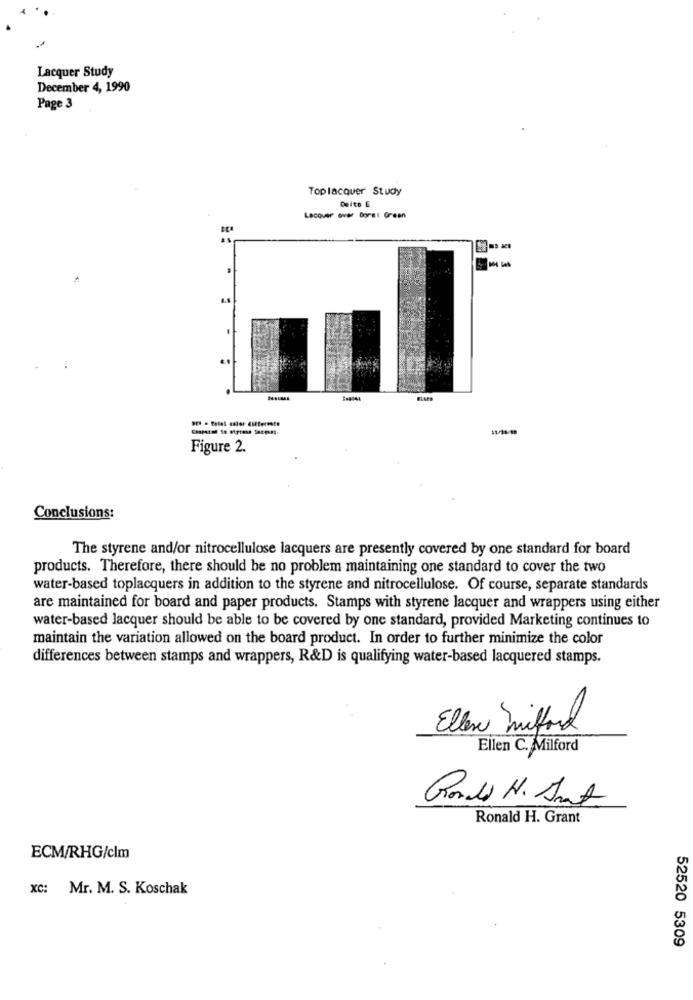
Lacquer Study
December 4, 1990
Page 3
Toplacquer Study
Delto E
Lacquer over Bors! Green
Figure 2.
Conclusions:
The styrene and/or nitrocellulose lacquers are presently covered by one standard for board
products. Therefore, there should be no problem maintaining one standard to cover the two
water-based toplacquers in addition to the styrene and nitrocellulose. Of course, separate standards
are maintained for board and paper products. Stamps with styrene lacquer and wrappers using either
water-based lacquer should be able to be covered by one standard, provided Marketing continues to
maintain the variation allowed on the board product. In order to further minimize the color
differences between stamps and wrappers, R&D is qualifying water-based lacquered stamps.
Eller mitford
Ellen C. Milford
Rodd H. Snart
Ronald H. Grant
ECM/RHG/clm
xc: Mr. M. S. Koschak
52520 5309